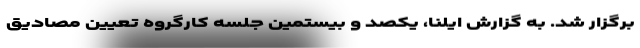
برگزار شد. به گزارش ایلنا، یکصد و بیستمین جلسه کارگروه تعیین مصادیق